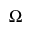
\Omega